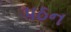
પઠન